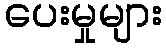
ပေးမှုများ